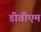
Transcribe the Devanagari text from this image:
डीवीएम